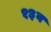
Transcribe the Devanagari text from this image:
१३व